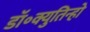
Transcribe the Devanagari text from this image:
डॉ॰क्युतिन्हो